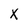
Character: x